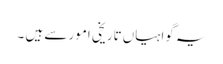
یہ گواہیاں‌تاریخی امور سے ہیں ۔